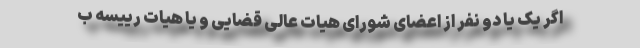
اگر یک یا دو نفر از اعضای شورای هیات عالی قضایی و یا هیات رییسه ب